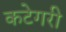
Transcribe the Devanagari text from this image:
कटेगरी